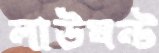
লাউঘন্ট